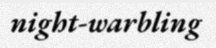
night-warbling